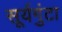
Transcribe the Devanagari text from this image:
सूर्यगुंटा